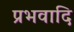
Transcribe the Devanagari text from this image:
प्रभवादि